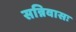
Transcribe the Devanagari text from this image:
सन्निवासः